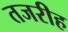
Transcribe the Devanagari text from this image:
तजरीह